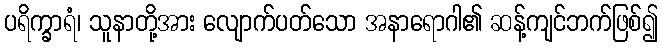
ပရိက္ခာရံ၊ သူနာတို့အား လျောက်ပတ်သော အနာရောဂါ၏ ဆန့်ကျင်ဘက်ဖြစ်၍